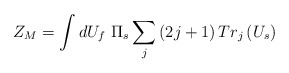
\begin{align*}Z_M=\int dU_f\ \Pi _s\sum_j\left( 2j+1\right) Tr_j\left( U_s\right)\end{align*}